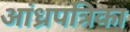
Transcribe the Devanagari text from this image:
आंध्रपत्रिका